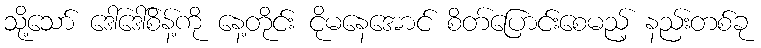
သို့သော် ဒေါ်ဒေါ်စိန့်ကို နေ့တိုင်း ငိုမနေအောင် စိတ်ပြောင်းစေမည့် နည်းတစ်ခု